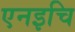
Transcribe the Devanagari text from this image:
एनइचि